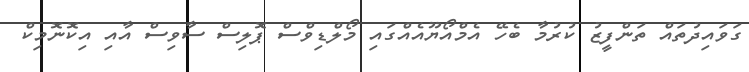
ގަވައިދުތައް ތަންފީޒު ކުރުމާ ބެހޭ އެމްއޯޔޫއެއްގައި މޯލްޑިވްސް ޕޮލިސް ސާވިސް އާއި އިކޮނޮމިކް